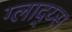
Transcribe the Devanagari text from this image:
ग्लाद्य्स